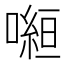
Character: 𭊿